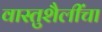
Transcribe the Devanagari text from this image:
वास्तुशैलींचा